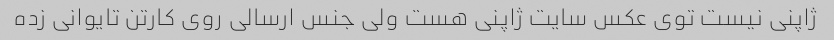
ژاپنی نیست توی عکس سایت ژاپنی هست ولی جنس ارسالی روی کارتن تایوانی زده